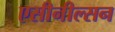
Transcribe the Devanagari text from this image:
एसीनील्सन